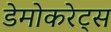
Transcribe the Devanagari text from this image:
डेमोकरेट्स